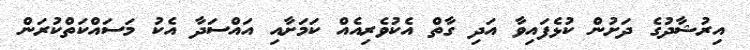
އިރުޝާދުގެ ދަށުން ކުޅެފައިވާ އަދި ގާތް އެކުވެރިއެއް ކަމަށާއި އައްސަދާ އެކު މަސައްކަތްކުރަން